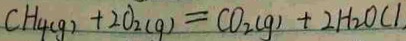
C H _ { 4 ( g ) } + 2 O _ { 2 ( g ) } = C O _ { 2 ( g ) } + 2 H _ { 2 } O C l ,